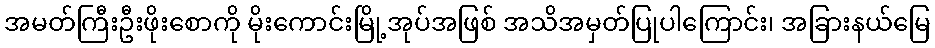
အမတ်ကြီးဦးဖိုးစောကို မိုးကောင်းမြို့အုပ်အဖြစ် အသိအမှတ်ပြုပါကြောင်း၊ အခြားနယ်မြေ